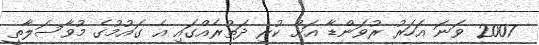
2007 ވަނަ އަހަރު ރުވަންޑާ އަށް ކުރި ދަތުރެއްގައި އެ ގައުމުގެ މުވާސަލާތީ